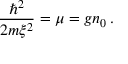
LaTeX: { \frac { \hbar ^ { 2 } } { 2 m \xi ^ { 2 } } } = \mu = g n _ { 0 } \, .